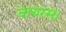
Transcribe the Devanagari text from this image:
वायरस।